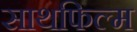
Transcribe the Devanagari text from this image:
साथफिल्म